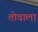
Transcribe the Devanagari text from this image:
तोवाला